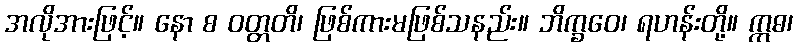
အလိုအားဖြင့်။ နော စ ဝတ္တတိ၊ ဖြစ်ကားမဖြစ်သနည်း။ ဘိက္ခဝေ၊ ရဟန်းတို့။ ဣဓ၊